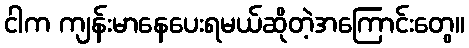
ငါက ကျန်းမာနေပေးရမယ်ဆိုတဲ့အကြောင်းတွေ။